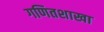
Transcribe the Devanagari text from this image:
गणितशाखा